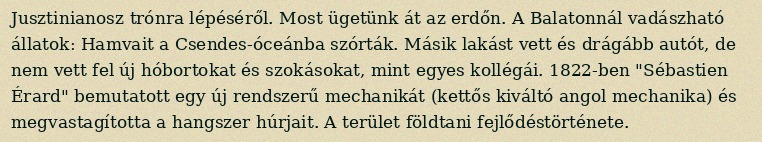
Jusztinianosz trónra lépéséről. Most ügetünk át az erdőn. A Balatonnál vadászható állatok: Hamvait a Csendes-óceánba szórták. Másik lakást vett és drágább autót, de nem vett fel új hóbortokat és szokásokat, mint egyes kollégái. 1822-ben "Sébastien Érard" bemutatott egy új rendszerű mechanikát (kettős kiváltó angol mechanika) és megvastagította a hangszer húrjait. A terület földtani fejlődéstörténete.